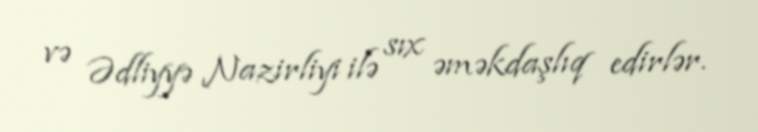
və Ədliyyə Nazirliyi ilə sıx əməkdaşlıq edirlər.